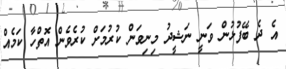
އެ ދެ ބޭފުޅުން ވަނީ ނަޝީދު މިނިވަން ކުރުމަށް ކުރެވެން އޮތްހާ ކަމެއް